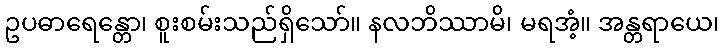
ဥပဓာရေန္တော၊ စူးစမ်းသည်ရှိသော်။ နလဘိဿာမိ၊ မရအံ့။ အန္တရာယေ၊